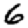
Digit: 6